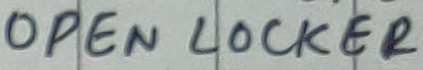
Text: OPEN LOCKER